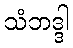
သံဘဒ္ဒါ